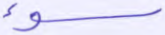
سوء